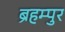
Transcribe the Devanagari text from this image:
ब्रहम्पुर